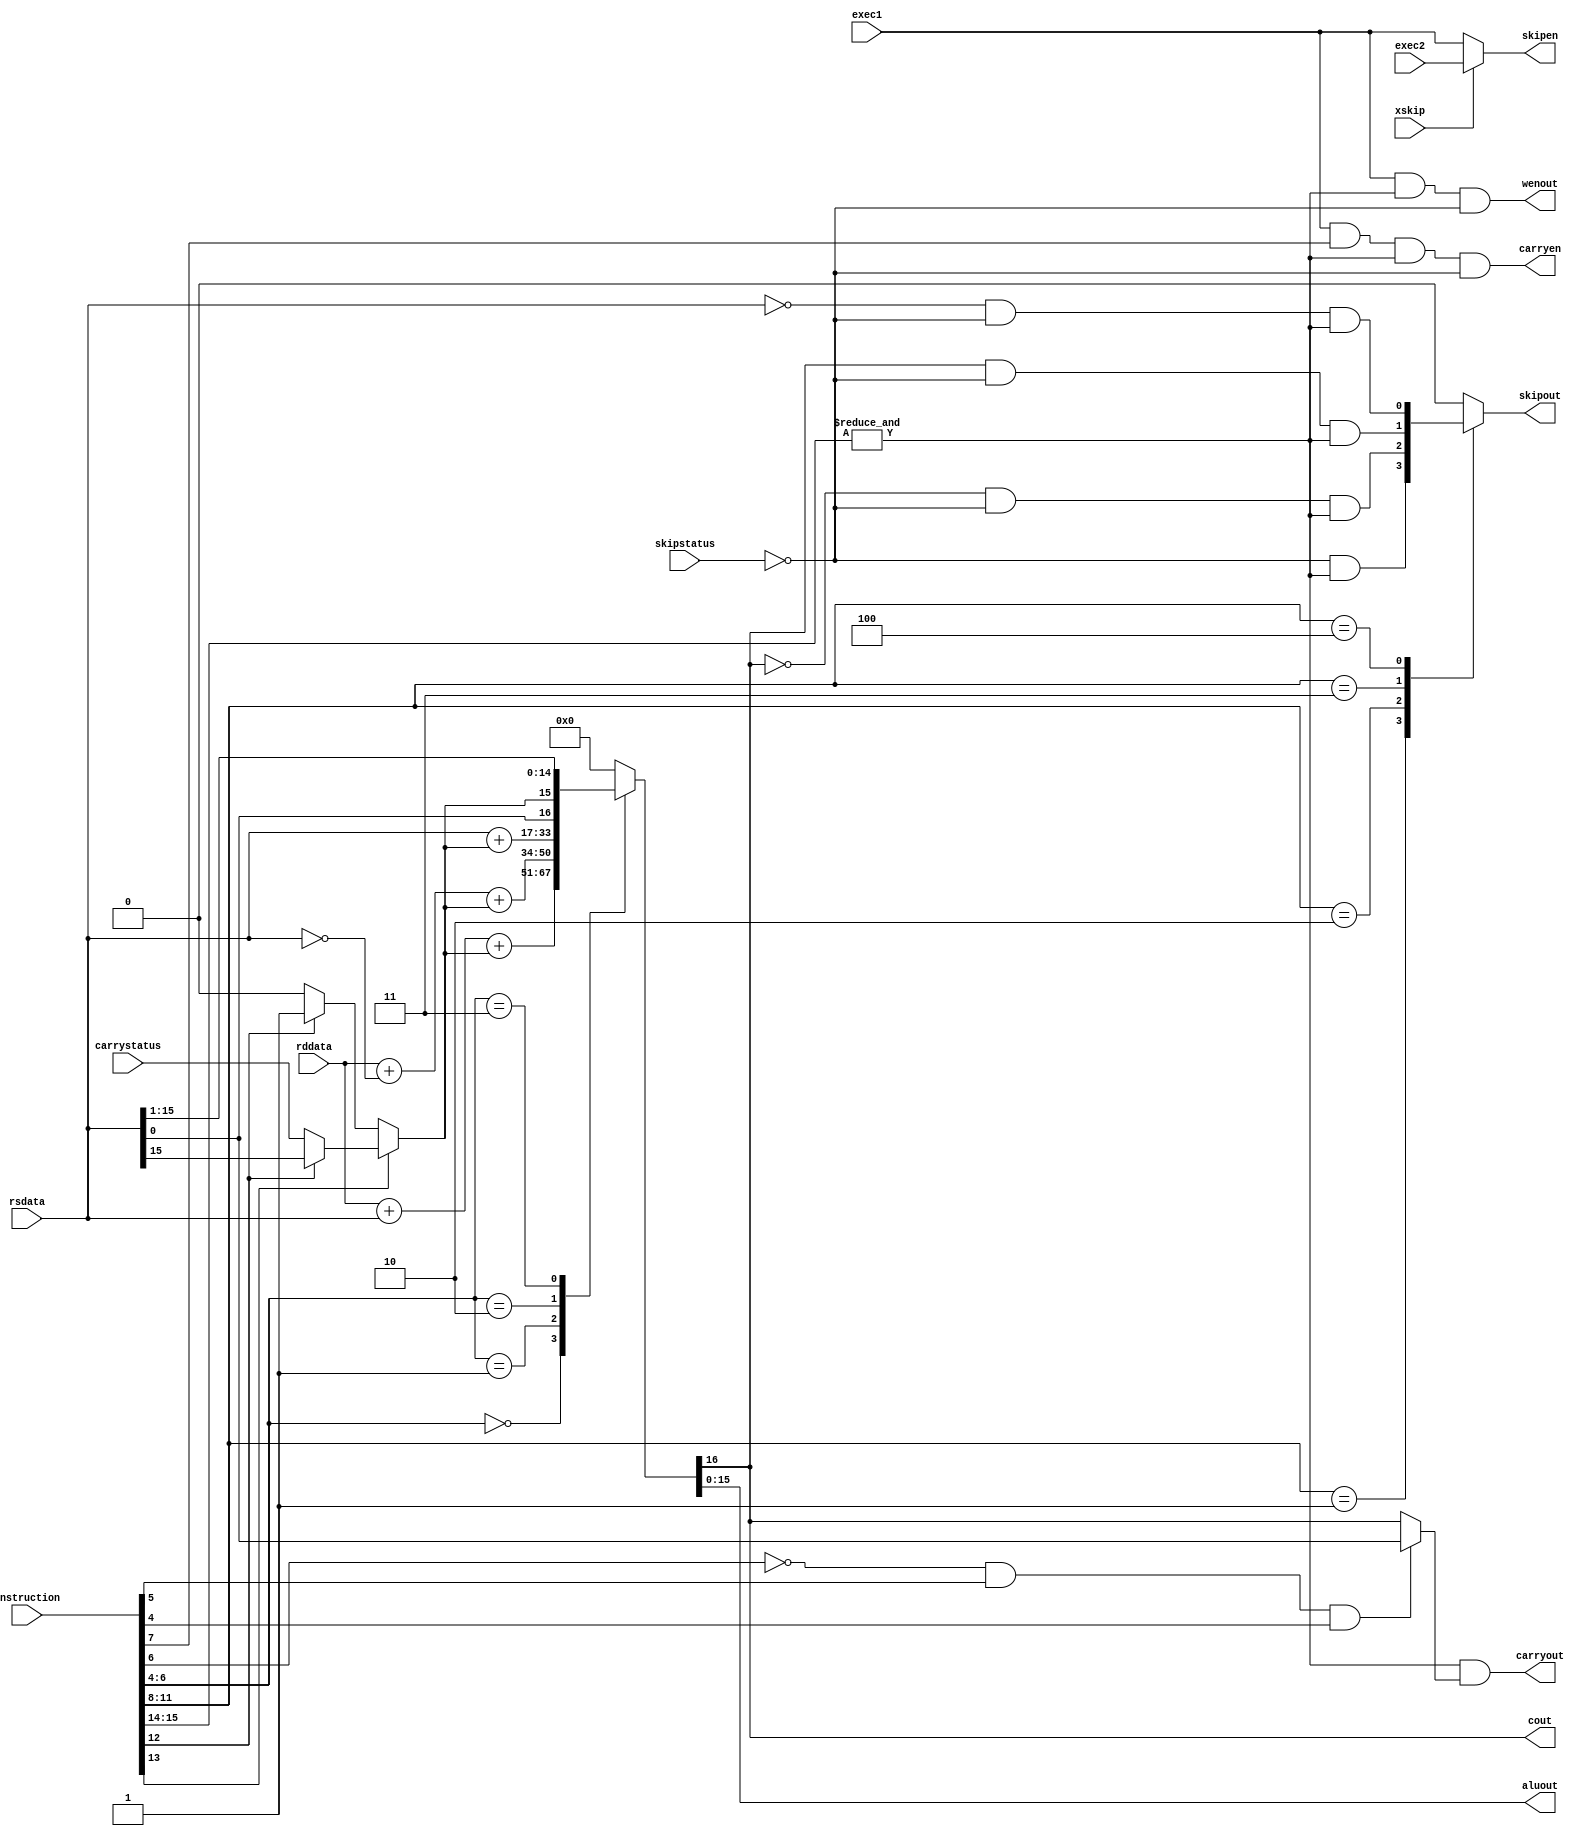
module alu (instruction ,
            rddata      ,
            rsdata      ,
            carrystatus ,
            skipstatus  ,
            exec1       ,
            aluout      ,
            carryout    ,
            skipout     ,
            carryen     ,
            skipen      ,
            wenout	,
	    cout	,
	    exec2	,
	    xskip
    );
    
    input [15:0] instruction; // from IR'
    input exec1;              // timing signal: when things happen
    input [15:0] rddata;      // Rd register data outputs
    input [15:0] rsdata;      // Rs register data outputs
    input carrystatus;        // the Q output from CARRY
    input skipstatus;         // the Q output from SKIP
    input exec2;
    input xskip;
    
    output [15:0] aluout; //  the ALU block output, written into Rd
    output carryout;      //  the CARRY out, D for CARRY flip flop
    output skipout;       //  the SKIP output, D for SKIP flip flop
    output carryen;       //  the enable signal for CARRY flip-flop
    output skipen;        //  the enable signal for SKIP flip-flop
    output wenout;        //  the enable for writing Rd in the register file
    output cout;
    
    // these wires are for convenience to make logic easier to see
    wire [2:0] opinstr   = instruction [6:4];	// OP field from IR'
    wire cwinstr         = instruction [7];	// 1 = > write CARRY: CW from IR'
    wire [3:0] condinstr = instruction [11:8];	// COND field from IR'
    wire [1:0] cininstr  = instruction [13:12];	// CIN field from IR'
    wire [1:0] code      = instruction [15:14];	// bits from IR': must be 11 for ARM instruction
    
    wire arm = &code;
    wire XSR = !opinstr[2] & opinstr[1] & opinstr[0];
    
    reg [16:0] alusum; //  the 17 bit sum, 1 extra bit so ALU carry out can be extracted
    wire cin;          //  The ALU carry input, determined from instruction as in ISA spec
    wire shiftin;      //  value shifted into bit 15 on XSR, determined as in ISA spec
    wire alucout;
    reg skipout;
//    wire skipout;
    
    assign alucout 	 = alusum [16];   //  carry bit from sum, or shift if OP = 011
    assign aluout 	 = alusum [15:0]; //  16 normal bits from sum

    assign cout 	 = alucout;
    
    assign wenout	 = exec1 & arm & !skipstatus;                        //  correct timing, to do: add enable condition
    assign carryen	 = exec1 & cwinstr & arm & !skipstatus;              //  correct timing, to do: add enable condition
    assign carryout	 = arm & (XSR ? rsdata[0] : alucout);  //  this is correct
                                                               //  note the special case of rsdata[0] when OP = 011
    assign cin	 = cininstr[1] ? (cininstr[0] ? rsdata[15] : carrystatus) : (cininstr[0] ? 1 : 0);   		     	//* DONE dummy, to do: replace with correct logic
    assign shiftin 	 = cin;     		// dummy, to do: replace with correct logic
    
//    assign skipout 	 = 0;     		// dummy, to do: replace with correct logic
    assign skipen 	 = xskip ? exec2 : exec1;  		// correct timing, to do: add enable condition

    always @(*) // do not change this line -it makes sure we have combinational logic
    begin
       case (condinstr)
            4'b0000 : skipout = 1'b0     & !skipstatus & arm;
            4'b0001 : skipout = 1'b1     & !skipstatus & arm;
            4'b0010 : skipout = !alucout & !skipstatus & arm;
            4'b0011 : skipout = alucout  & !skipstatus & arm;
            4'b0100 : skipout = !rsdata  & !skipstatus & arm;
            default : skipout = 1'b0     & !skipstatus;
    	endcase;
    end

    always @(*) // do not change this line -it makes sure we have combinational logic
    begin
        case (opinstr)
            // alusum is 17 bit so we must extend the two operands to 17 bits using 0
            // otherwise Verilog default extension will sign-extend these inputs
            // that create a subtle (not always obvious) error in carry out
            // note that ~ is bit inversion operator.
            3'b000 : alusum = {1'b0,rddata} + {1'b0,rsdata} + cin; // if OP = 000
            3'b001 : alusum = {1'b0,rddata} + {1'b0,~rsdata} + cin; // if OP = 001
            3'b010 : alusum = {1'b0,rsdata} + cin; // if OP = 010
            3'b011 : alusum = {rsdata[0], shiftin, rsdata[15:1]}; // if OP = 011
            // to do (optional): add additional instructions as cases here
            // available cases: 3'b100,3'b101,3'b110, 3'b111
            default : alusum = 0;// default output for unimplemented OP values, do not change
    	endcase;
    end

endmodule